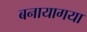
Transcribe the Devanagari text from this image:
बनायागया